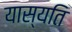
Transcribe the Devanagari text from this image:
यास्यति